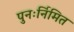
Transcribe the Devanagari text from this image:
पुनःर्निमित